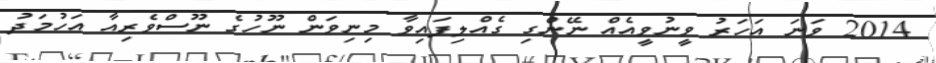
2014 ވަނަ އަހަރު ވީނުވީއެއް ނޭންގި ގެއްލިފައިވާ މިނިވަން ނޫހުގެ ނޫސްވެރިއާ އަހުމަދު